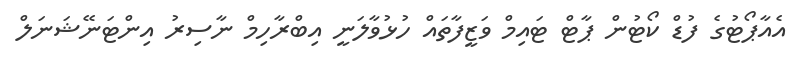
އެއާޕޯޓުގެ ފުޑް ކޯޓުން ޕާޓް ޓައިމް ވަޒީފާތައް ހުޅުވާލަނީ އިބްރާހިމް ނާސިރު އިންޓަނޭޝަނަލް